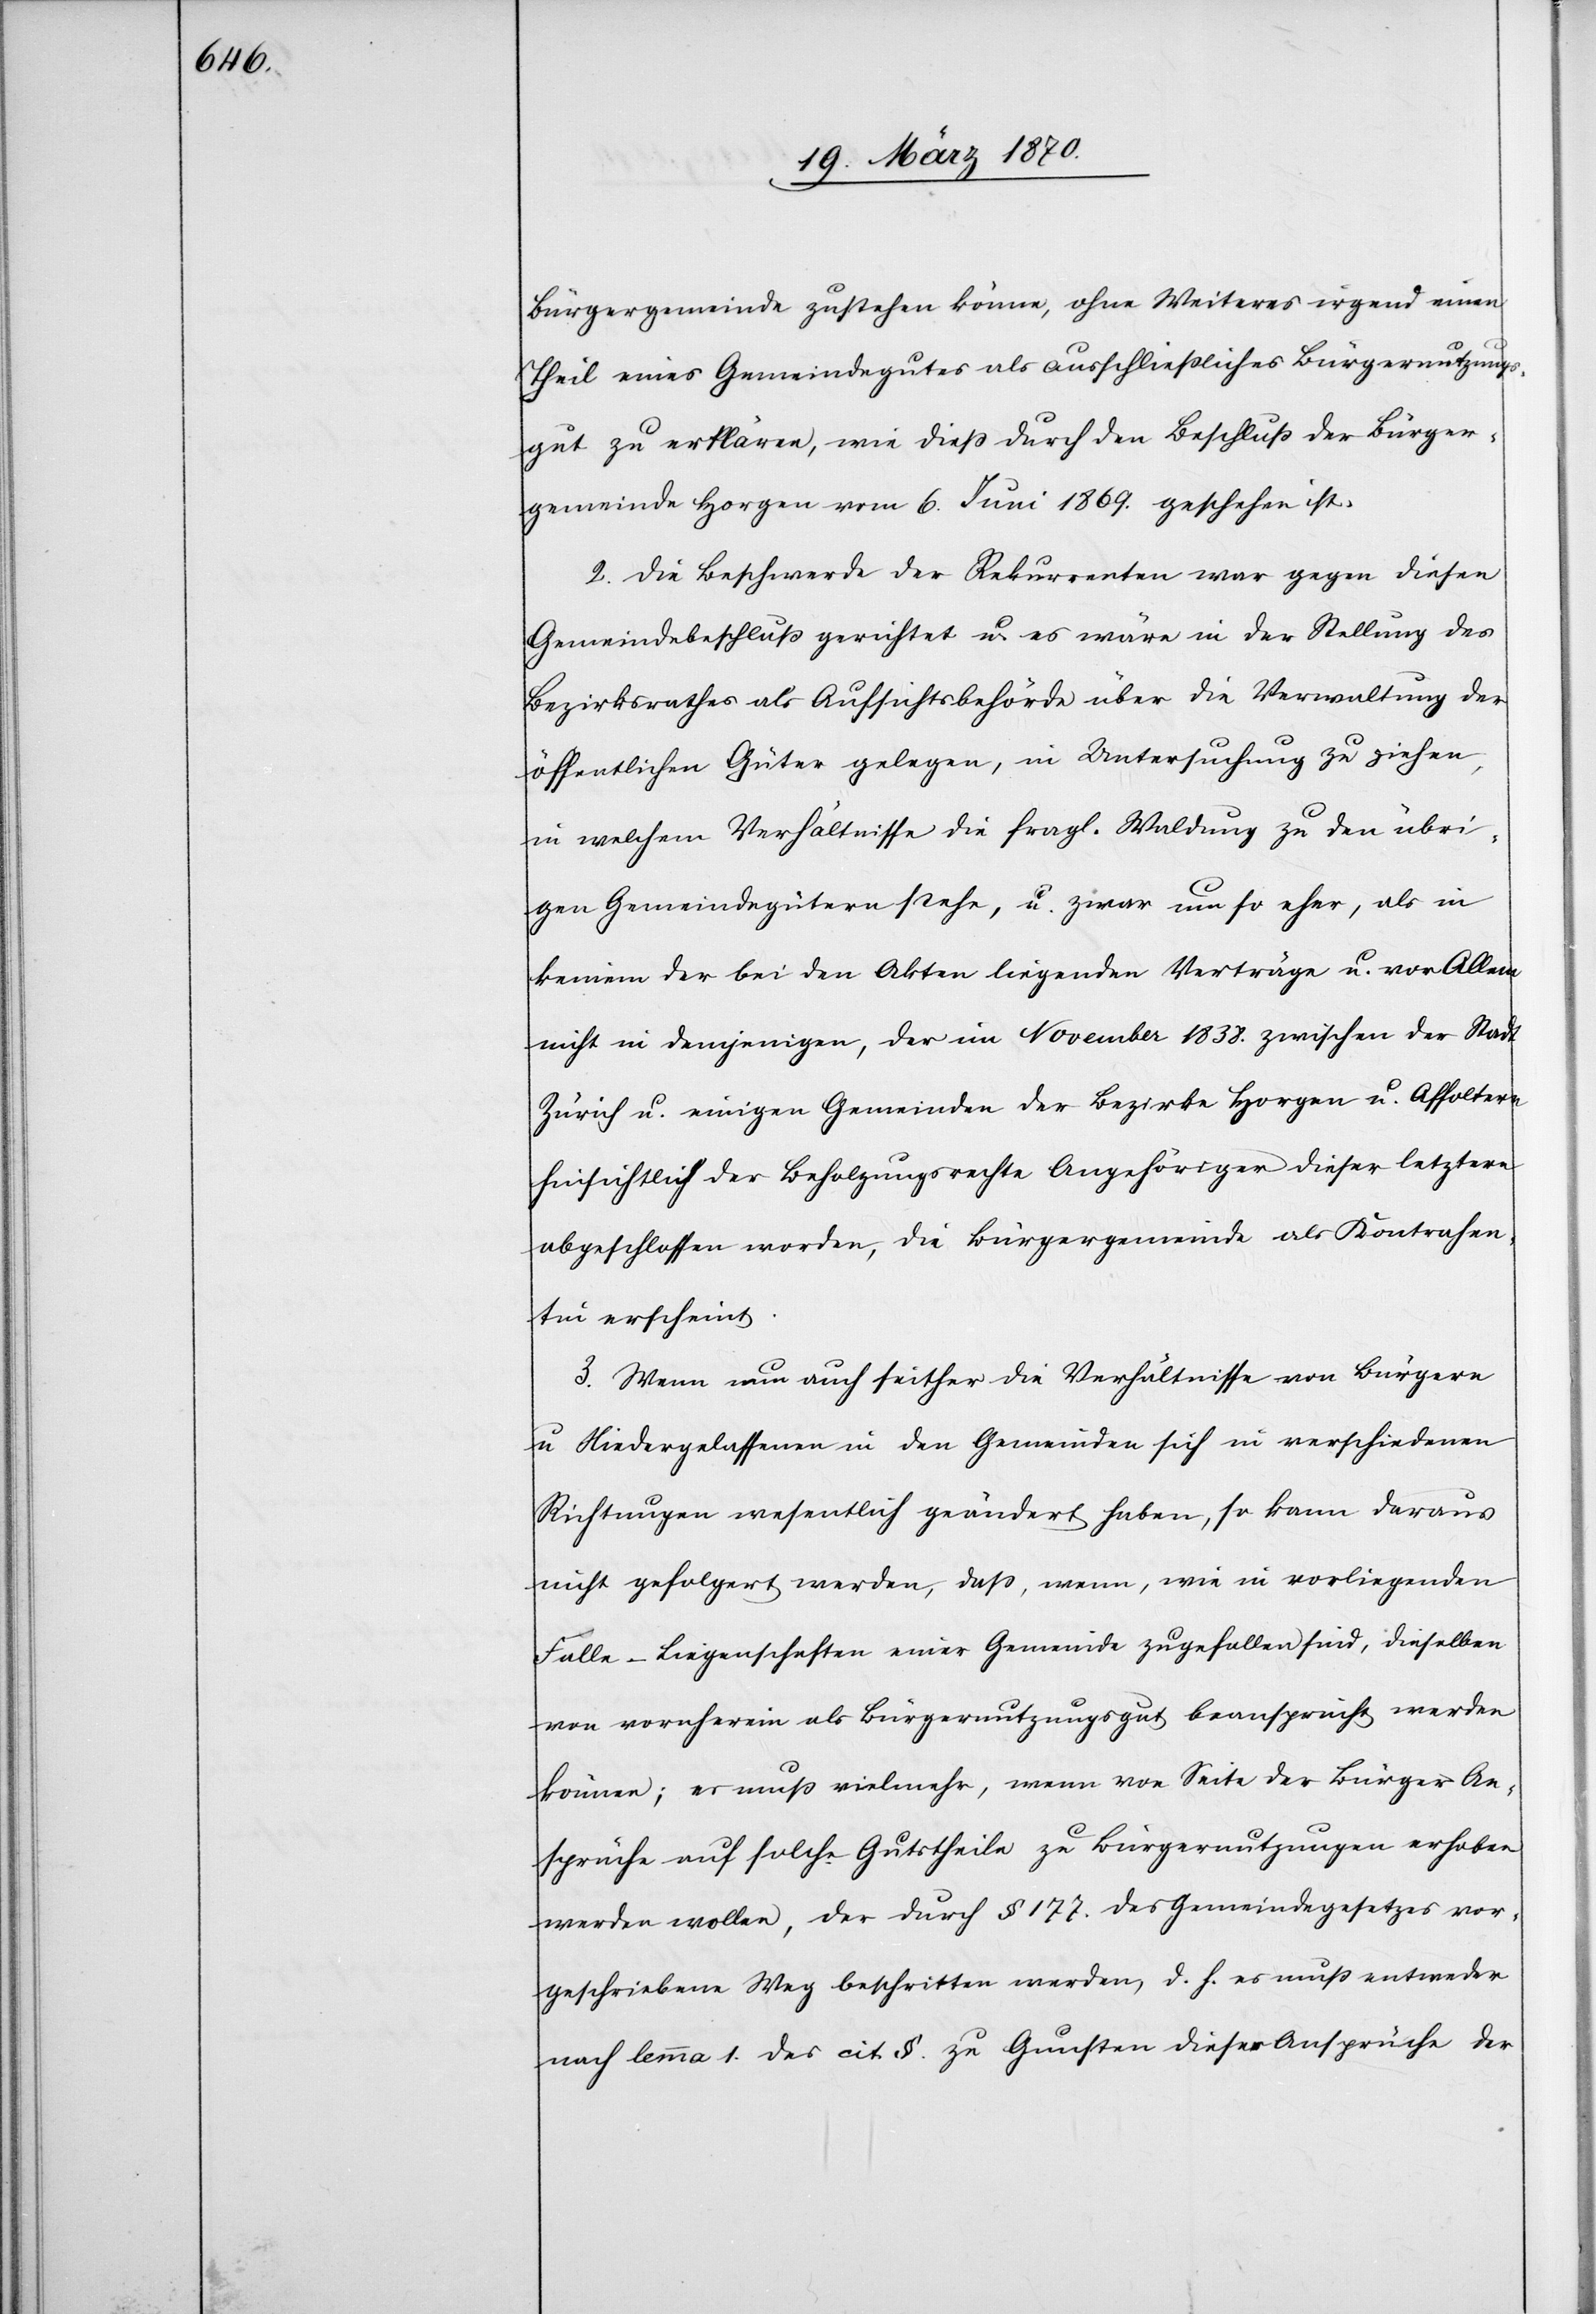
Bürgergemeinde zustehen könne, ohne Weiteres irgend einen
Theil eines Gemeindegutes als ausschließliches Bürgernutzungs¬
gut zu erklären, wie dieß durch den Beschluß der Bürger¬
gemeinde Horgen vom 6. Juni 1869. geschehen ist.
2. Die Beschwerde der Rekurrenten war gegen diesen
Gemeindebeschluß gerichtet u. es wäre in der Stellung des
Bezirksrathes als Aufsichtsbehörde über die Verwaltung der
öffentlichen Güter gelegen, in Untersuchung zu ziehen,
im welchem Verhältnisse die fragl. Waldung zu den übri¬
gen Gemeindegütern stehe, u. zwar um so eher, als in
keinem der bei den Akten liegenden Verträge u. vor Allem
nicht in demjenigen, der im November 1838. zwischen der Stadt
Zürich u. einigen Gemeinden der Bezirke Horgen u. Affoltern
hinsichtlich der Beholzungsrechte Angehöriger dieser letztern
abgeschlossen worden, die Bürgergemeinde als Kontrahen¬
tin erscheint.
3. Wenn nun auch seither die Verhältnisse von Bürgern
u. Niedergelassenen in den Gemeinden sich in verschiedenen
Richtungen wesentlich geändert haben, so kann daraus
nicht gefolgert werden, daß, wenn, wie in vorliegenden
Falle – Liegenschaften einer Gemeinde zugefallen sind, dieselben
von vornherein als Bürgernutzungsgut beansprucht werden
können; es muß vielmehr, wenn von Seite der Bürger An¬
sprüche auf solche Gutstheile zu Bürgernutzungen erhoben
werden wollen, der durch § 177. des Gemeindegesetzes vor¬
geschriebene Weg beschritten werden, d. h. es muß entweder
nach lemma 1. des cit §. zu Gunsten dieser Ansprüche der